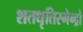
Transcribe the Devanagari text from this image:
शतधृतिरगेन्द्रो